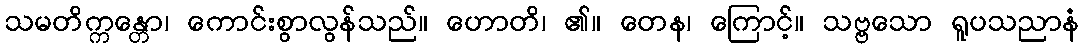
သမတိက္ကန္တော၊ ကောင်းစွာလွန်သည်။ ဟောတိ၊ ၏။ တေန၊ ကြောင့်။ သဗ္ဗသော ရူပသညာနံ